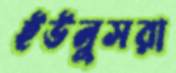
ইউনুসরা